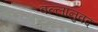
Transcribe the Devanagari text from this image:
वल्लानुवद